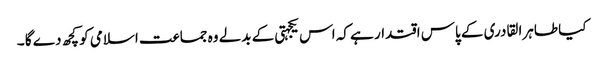
کیا طاہرا لقادری کے پاس اقتدار ہے کہ اس یکجہتی کے بدلے وہ جماعت اسلامی کو کچھ دے گا ۔